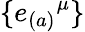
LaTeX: \{ {e_{(a)}}^{\mu}\}